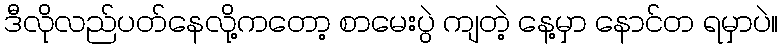
ဒီလိုလည်ပတ်နေလို့ကတော့ စာမေးပွဲ ကျတဲ့ နေ့မှာ နောင်တ ရမှာပဲ။